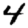
Digit: 4